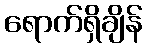
ရောက်ရှိချိန်